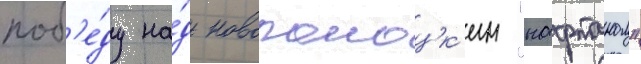
поб'е́ду на́д новополоцк'им "нафтаном"